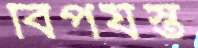
বিপর্যস্ত